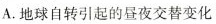
A.地球自转引起的昼夜交替变化